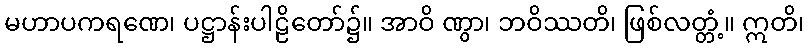
မဟာပကရဏေ၊ ပဋ္ဌာန်းပါဠိတော်၌။ အာဝိ ဏွာ၊ ဘဝိဿတိ၊ ဖြစ်လတ္တံ့။ ဣတိ၊